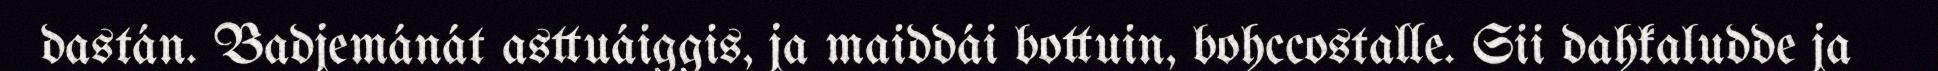
dastán. Badjemánát asttuáiggis, ja maiddái bottuin, bohccostalle. Sii dahkaludde ja